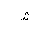
Letter: _shin